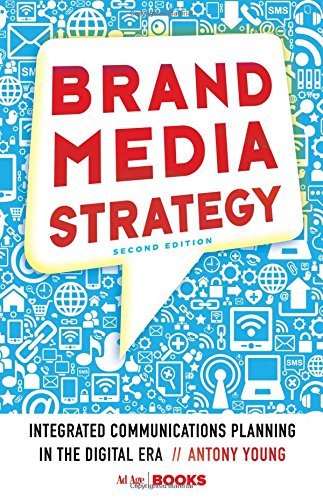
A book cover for Brand Media Strategy: Integrated Communications Planning in the Digital Era; Antony Young; Computers & Technology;